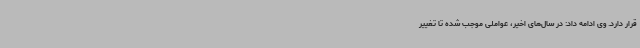
قرار دارد. وی‌ ادامه داد: در سال‌های اخیر، عواملی موجب شده تا تغییر